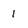
Character: 1